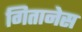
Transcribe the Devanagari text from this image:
गितानेस